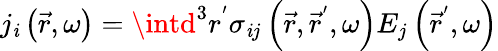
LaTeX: j_{\mathit{i}}\left(\vec{{r}},\omega\right)=\intd^{3}r^{^{\prime}}\sigma_{\mathit{i}j}\left(\vec{{r}},\vec{{r}}^{^{\prime}},\omega\right)E_{j}\left(\vec{{r}}^{^{\prime}},\omega\right)